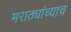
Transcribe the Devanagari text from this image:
मराठ्यांच्याच